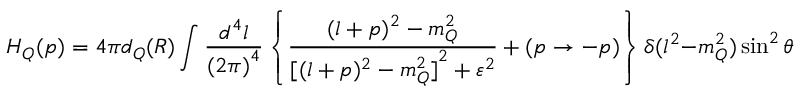
H _ { Q } ( p ) = 4 \pi d _ { Q } ( R ) \int \frac { d ^ { 4 } l } { { ( 2 \pi ) } ^ { 4 } } \left\{ \frac { ( l + p ) ^ { 2 } - m _ { Q } ^ { 2 } } { { [ ( l + p ) ^ { 2 } - m _ { Q } ^ { 2 } ] } ^ { 2 } + \varepsilon ^ { 2 } } + ( p \to - p ) \right\} \delta ( l ^ { 2 } - m _ { Q } ^ { 2 } ) \sin ^ { 2 } \theta ( l ^ { 0 } , \mu _ { Q } ) ,